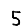
Digit: 5